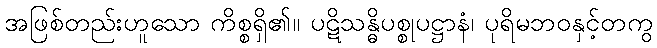
အဖြစ်တည်းဟူသော ကိစ္စရှိ၏။ ပဋိသန္ဓိပစ္စုပဋ္ဌာနံ၊ ပုရိမဘဝနှင့်တကွ